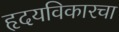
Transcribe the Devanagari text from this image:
हृदयविकारचा